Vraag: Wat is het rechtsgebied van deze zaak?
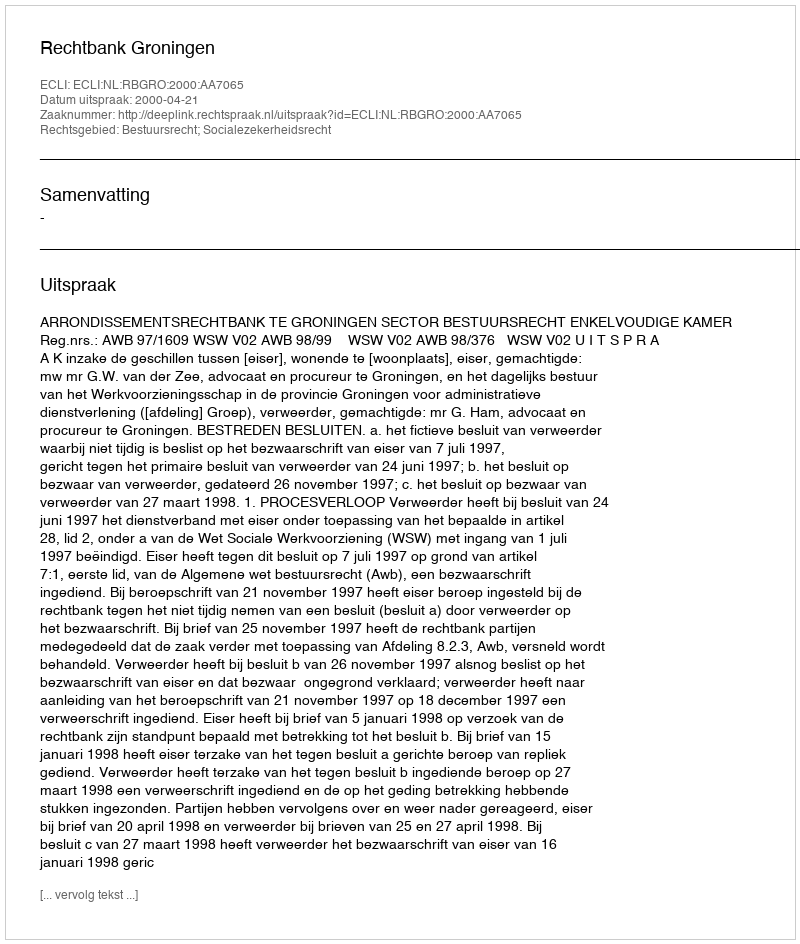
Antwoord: Bestuursrecht; Socialezekerheidsrecht